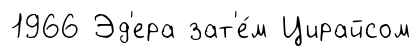
1966 Эд'ера зат'е́м Цирайсом